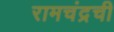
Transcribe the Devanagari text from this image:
रामचंद्रची